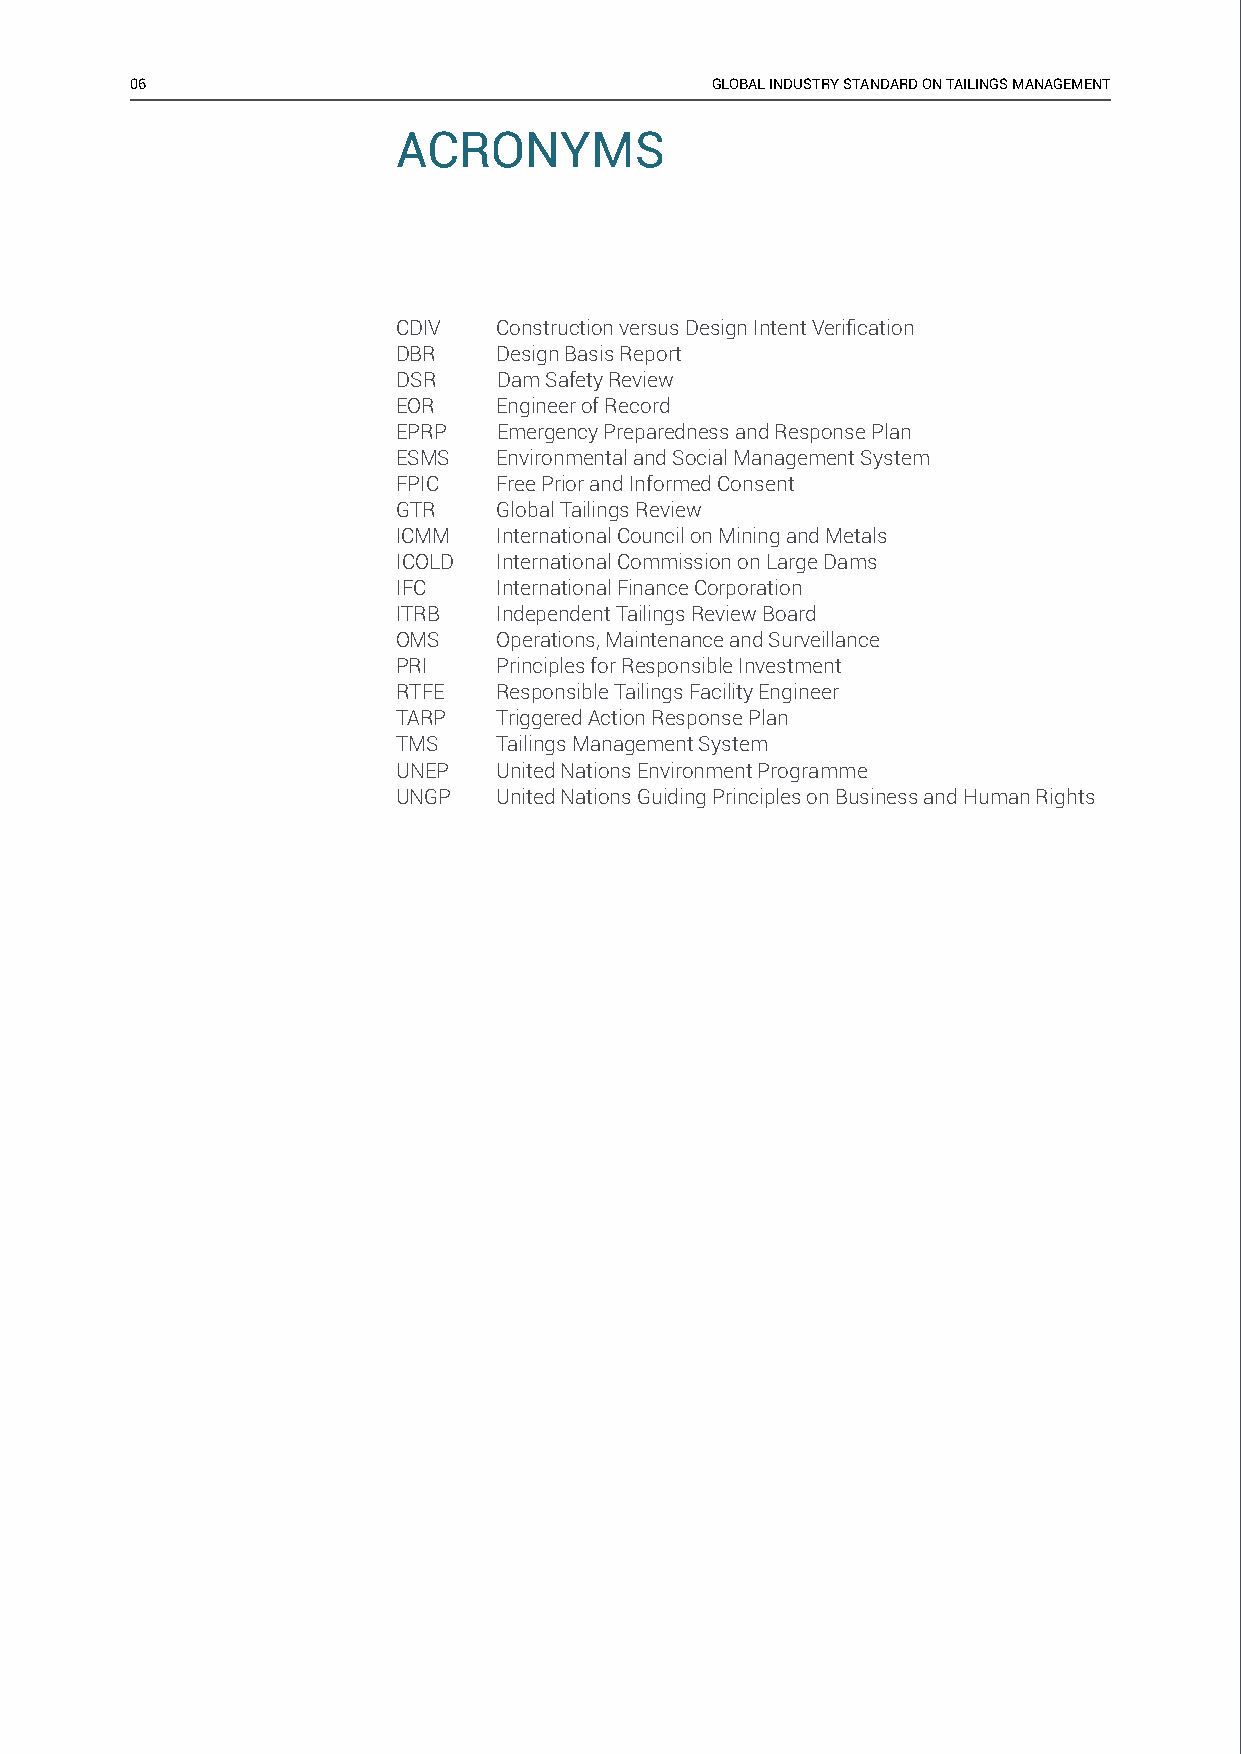
06                                    GLOBAL INDUSTRY STANDARD ON TAILINGS MANAGEMENT
 ACRONYMS
 CDIV   Construction versus Design Intent Verifi cation
 DBR    Design Basis Report
 DSR    Dam Safety Review
 EOR    Engineer of Record
 EPRP   Emergency Preparedness and Response Plan
 ESMS   Environmental and Social Management System
 FPIC   Free Prior and Informed Consent
 GTR    Global Tailings Review
 ICMM   International Council on Mining and Metals
 ICOLD  International Commission on Large Dams
 IFC    International Finance Corporation
 ITRB   Independent Tailings Review Board
 OMS    Operations, Maintenance and Surveillance
 PRI    Principles for Responsible Investment
 RTFE   Responsible Tailings Facility Engineer
 TARP   Triggered Action Response Plan
 TMS    Tailings Management System
 UNEP   United Nations Environment Programme
 UNGP   United Nations Guiding Principles on Business and Human Rights